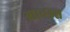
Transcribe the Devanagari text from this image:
अप्रच्छन्न